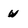
Character: w